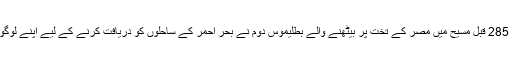
اس کے بعد 285 قبل مسیح میں مصر کے تخت پر بیٹھنے والے بطلیموس دوم نے بحر احمر کے ساحلوں کو دریافت کرنے کے لیے اپنے لوگوں کو بھیجا۔